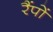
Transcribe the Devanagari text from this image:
रैंपों